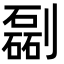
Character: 㔏